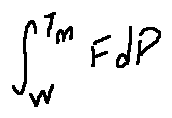
\int \limits _ { w } ^ { T m } F d P